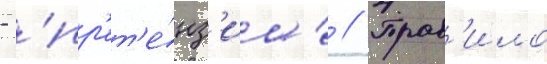
- 'пр'ет'е́нз'иа' // Прав'ило